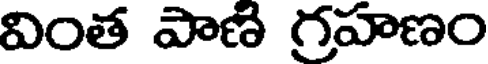
వింత పాణి గ్రహణం